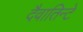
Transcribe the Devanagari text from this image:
दैवातिन्टे